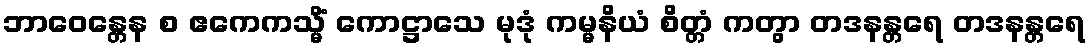
ဘာဝေန္တေန စ ဧကေကသ္မိံ ကောဋ္ဌာသေ မုဒုံ ကမ္မနိယံ စိတ္တံ ကတွာ တဒနန္တရေ တဒနန္တရေ